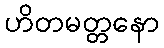
ဟိတမတ္တနော